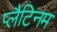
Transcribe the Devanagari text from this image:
प्‍लैटिनम